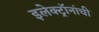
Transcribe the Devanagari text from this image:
इलेक्ट्रॉनांची